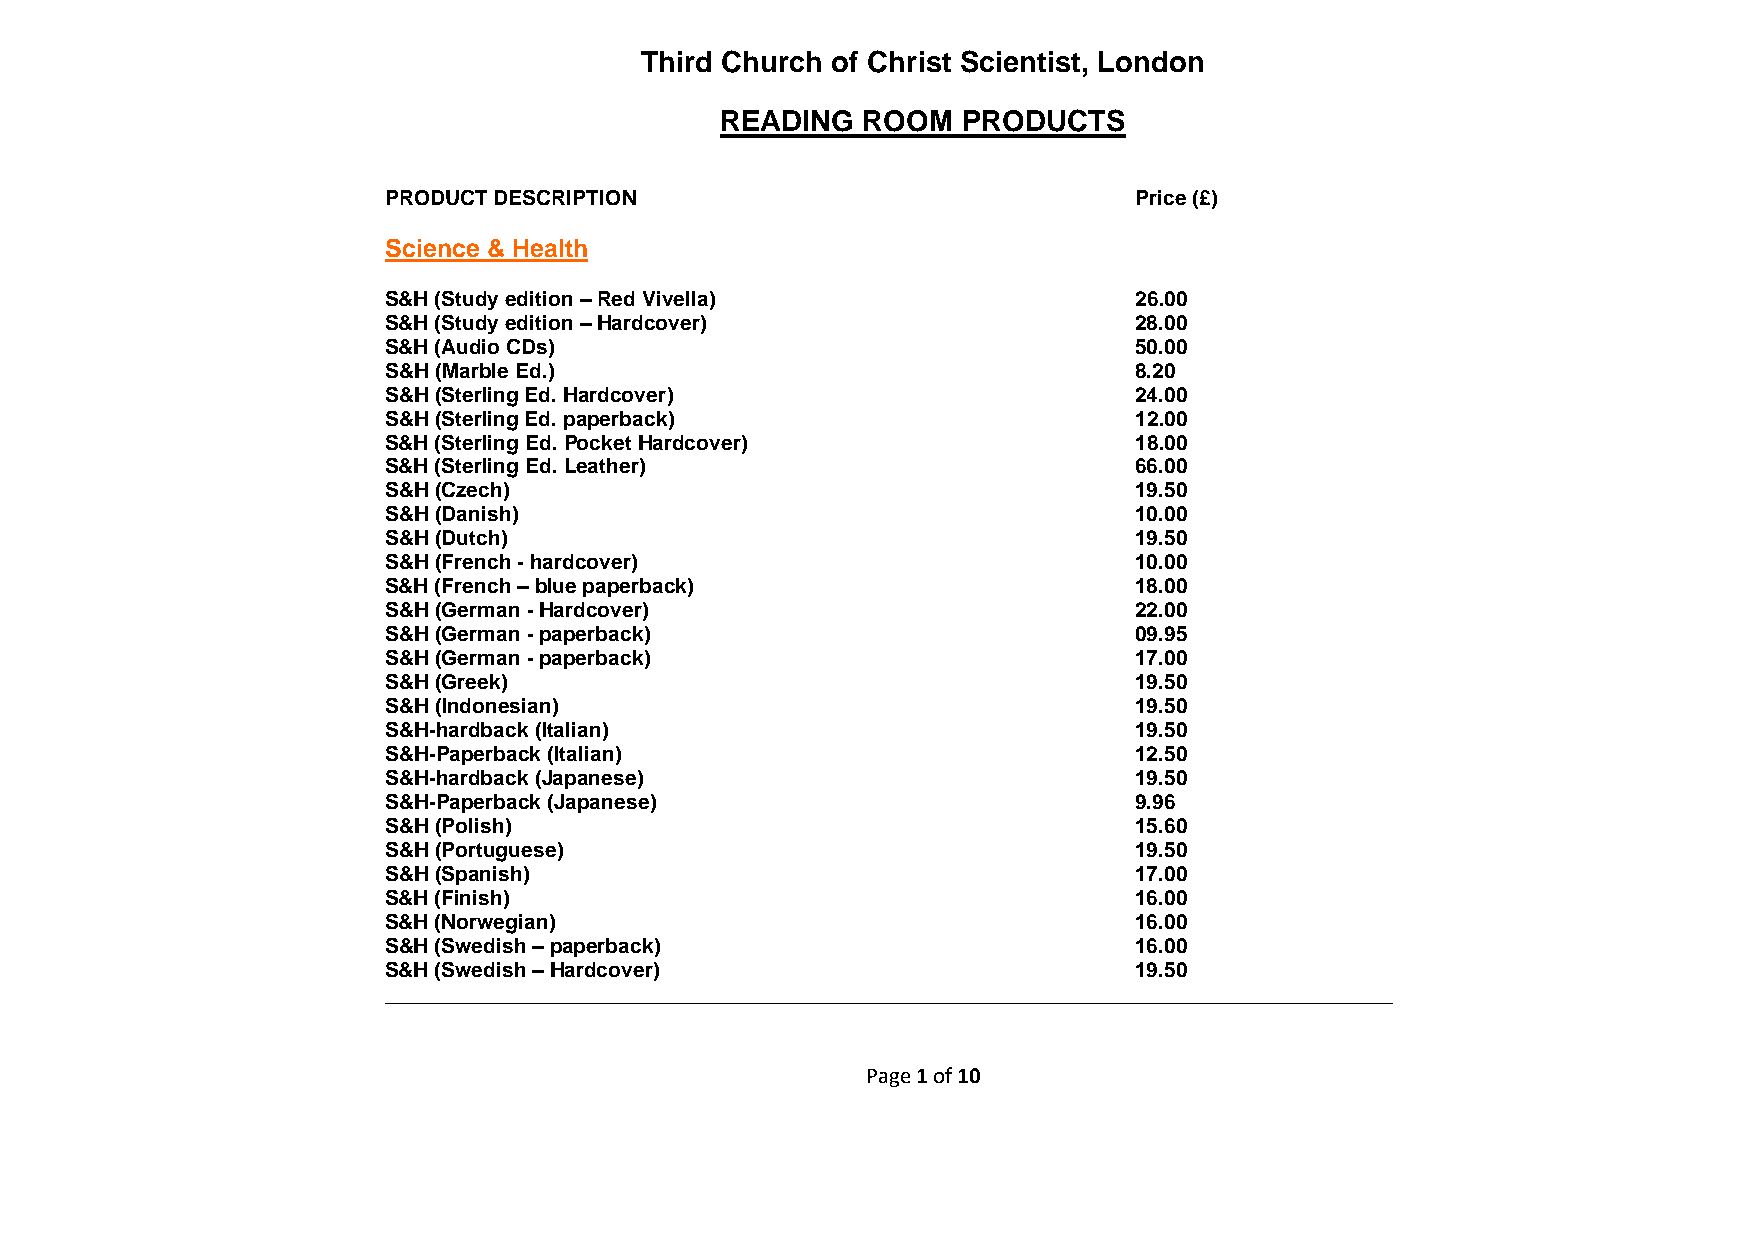
Third Church of Christ Scientist, London
 READING  ROOM   PRODUCTS
 PRODUCT DESCRIPTION                              Price (£)
 Science & Health
 S&H (Study edition – Red Vivella)                26.00
 S&H (Study edition – Hardcover)                  28.00
 S&H (Audio CDs)                                  50.00
 S&H (Marble Ed.)                                 8.20
 S&H (Sterling Ed. Hardcover)                     24.00
 S&H (Sterling Ed. paperback)                     12.00
 S&H (Sterling Ed. Pocket Hardcover)              18.00
 S&H (Sterling Ed. Leather)                       66.00
 S&H (Czech)                                      19.50
 S&H (Danish)                                     10.00
 S&H (Dutch)                                      19.50
 S&H (French - hardcover)                         10.00
 S&H (French – blue paperback)                    18.00
 S&H (German - Hardcover)                         22.00
 S&H (German - paperback)                         09.95
 S&H (German - paperback)                         17.00
 S&H (Greek)                                      19.50
 S&H (Indonesian)                                 19.50
 S&H-hardback (Italian)                           19.50
 S&H-Paperback (Italian)                          12.50
 S&H-hardback (Japanese)                          19.50
 S&H-Paperback (Japanese)                         9.96
 S&H (Polish)                                     15.60
 S&H (Portuguese)                                 19.50
 S&H (Spanish)                                    17.00
 S&H (Finish)                                     16.00
 S&H (Norwegian)                                  16.00
 S&H (Swedish – paperback)                        16.00
 S&H (Swedish – Hardcover)                        19.50
 _______________________________________________________________________________________
 Page 1 of 10